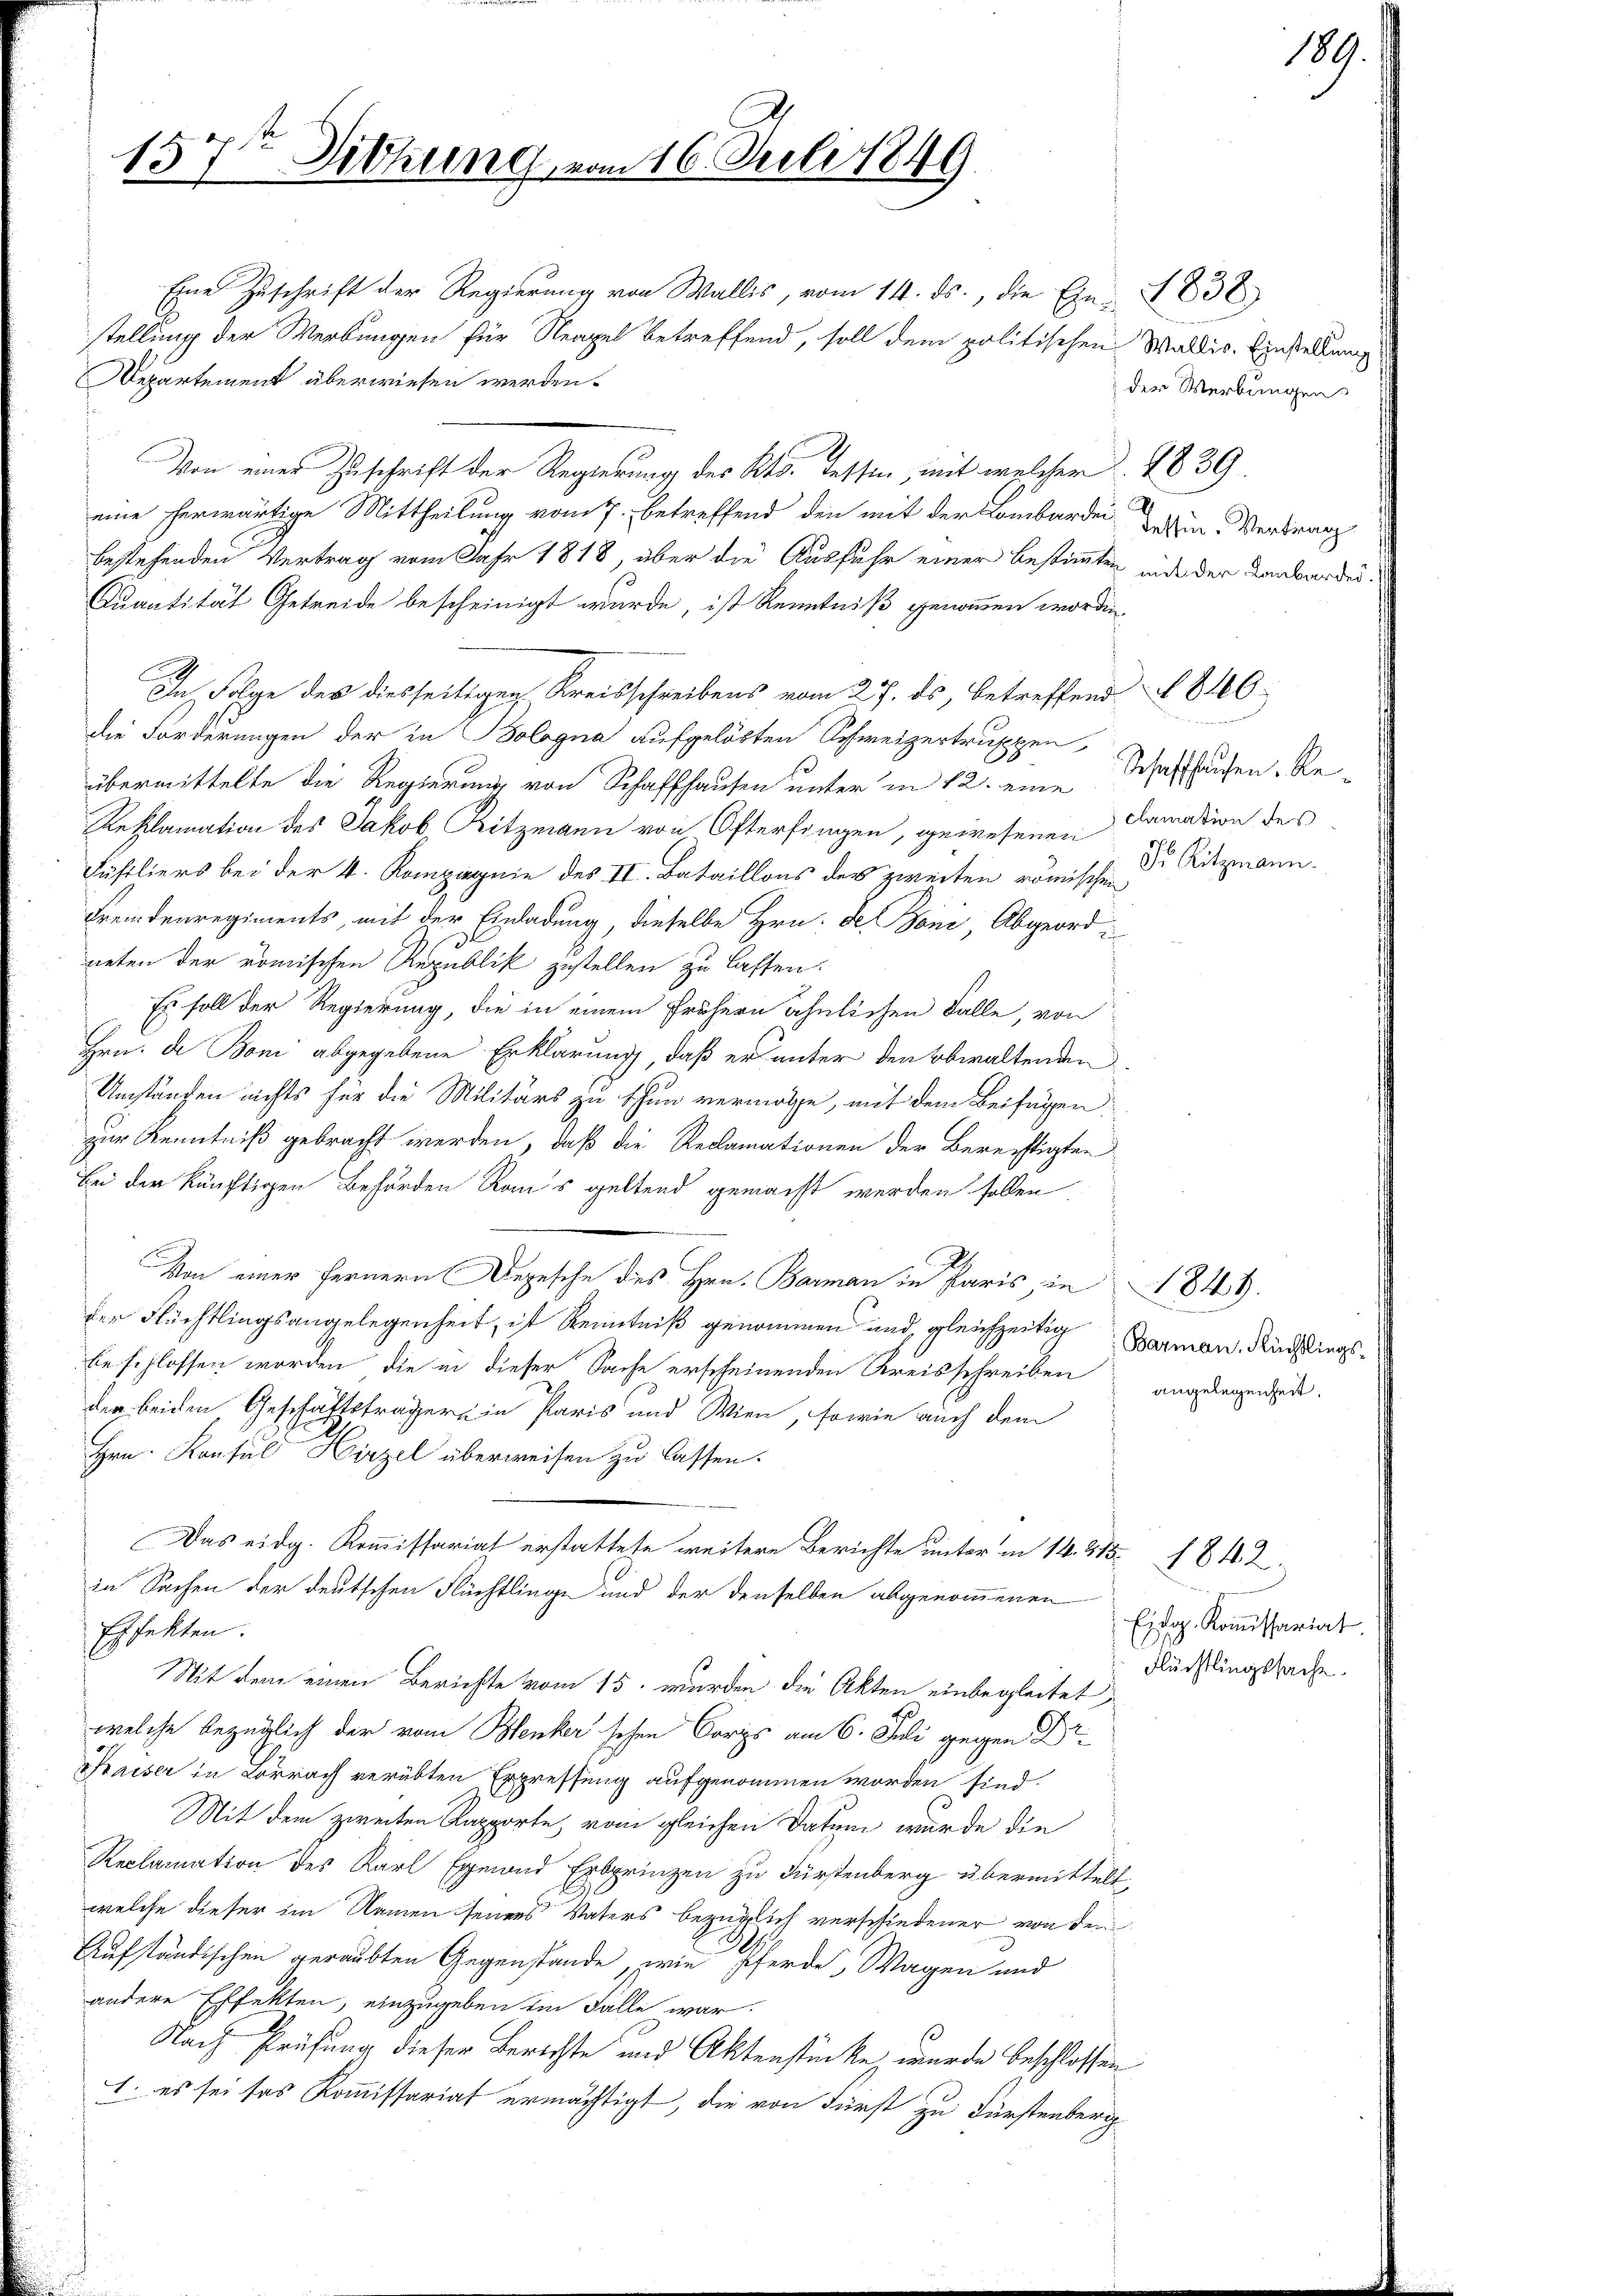
157ten Sitzung, en

Eine Zuschrift der Regierŭng von Wallis, vom 14. ds., die Ein 1838
stellung der Werbungen für Neapel betreffend, soll dem politischen Wallis. Einstellung
Departement überwiesen werden.
.
Von einer Zuschrift der Regierung des Kts. Tessin, mit welcher 1839
eine herwärtige Mittheilung vom 7. betreffend den mit der Lombarden Latein Vertrag
bestehenden Vertrag vom Jahr 1818, über die Ausfuhr einer bestimmten inde der Dankbarder¬
Quantität Getreide bescheinigt wurde, ist Kenntniß genommen worden.
In Folge des diesseitigen Kreisschreibens vom 27. ds, betreffend § 846.
die Forderungen der in Bologna aufgelösten Schweizertruppen
übermittelte die Regierung von Schaffhausen unter in 12. eine
Reklamation des Jakob, Ritzmann von Österfingen, gewesenen
Füsiliers bei der 4. Kompiegnie des II. Bataillons des zweiten römischen Dr Ritzmann.
Fremdenregiments, mit der Einladung, dieselbe Hrn. De Boni, Abgeordneten der römischen Republik zustellen zu lassen.
Es soll der Regierung, die in einem frühern ähnlichen Falle, von
Hrn. de Boni abgegebene Erklärung, daß er unter den Obwaltenden
Umständen nichts für die Militärs zu thun vermöge, mit dem Beifügen:
zur Kenntniß gebracht werden, daß die Reclamationen der Berechtigten
Bei der künftigen Behörden Rau’s geltend gemacht werden sollen
Von einer fernern Depesche des Hrn. Barman in Paris, in 1849.
der Flüchtlingsangelegenheit, ist Kenntniß genommen und gleichzeitig Barmon, Rüchtlings
beschlossen worden, die in dieser Sache erscheinenden Kreisschreiben angelegende
dee beiden Geschäftsträger in Paris und Wien, sowie auch dem
Hrn. Konsul Hirzel überweisen zu lassen.
Das eidg. Kommissariat erstattete weitere Berichte unter in 14. 215. 1842.
in Sachen der deutschen Flüchtlinge und der denselben abgenommenen
Effekten.
Mit dem einen Berichte vom 15. wurden die Akten einbegleitet,
welche bezüglich der vom Benker sehen Corps am 6. Juli gegen Dr.
Kaiser in Lörrach verübten Erpressung aufgenommen worden sind.
Mit dem zweiten Kapporte vom gleichen Datum wurde die
Reclamation des Karl Egmond Erbprinzen zu Fürstenberg übermittelt
welche dieser im Namen seiners Vaters bezüglich verschiedener von dem
Aufständischen geraubten Gegenstände, wie Pferde, Wagen und
andere Effekten, einzugeben im Falle war.
Nach Prüfung dieser Berichte und Aktenstücke, wurde beschlossen
1. es sei ses Kommissariat ermächtigt, die von Fürst zu Fürstenberg

116. Juli 1849

der Werbungen

Schaffhausen. Reclamation des

Eidg. Kommissariat
Flüchtlingssacht.

189